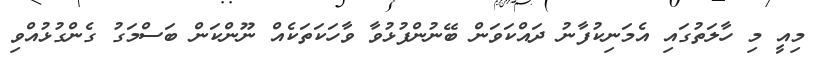
މިއީ މި ހާލަތުގައި އެމަނިކުފާނު ދައްކަވަން ބޭނުންފުޅުވާ ވާހަަކަތަކެއް ނޫންކަން ބަސްމަގު ގެންގުޅުއްވި